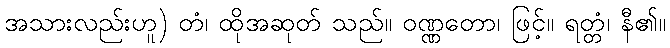
အသားလည်းဟူ) တံ၊ ထိုအဆုတ် သည်။ ဝဏ္ဏတော၊ ဖြင့်။ ရတ္တံ၊ နီ၏။